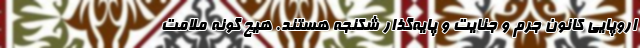
اروپایی کانون جرم و جنایت و پایه‌گذار شکنجه هستند. هیچ گونه ملامت